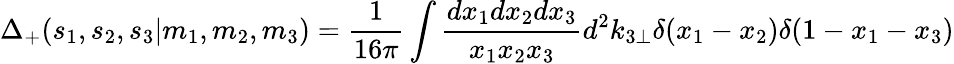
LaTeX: \Delta_{+}(s_{1},s_{2},s_{3}|m_{1},m_{2},m_{3})=\frac 1{16\pi}\int\frac{dx_{1}dx_{2}dx_{3}}{x_{1}x_{2}x_{3}}d^{2}k_{3\perp}\delta(x_{1}-x_{2})\delta(1-x_{1}-x_{3})